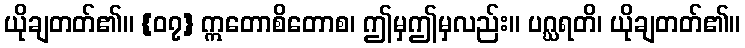
ယိုချတတ်၏။ {၀၇} ဣတောစိတောစ၊ ဤမှဤမှလည်း။ ပဂ္ဃရတိ၊ ယိုချတတ်၏။